Vaccine operations Central Provinces 1886-1899 - 1886-1899
Year: 1886
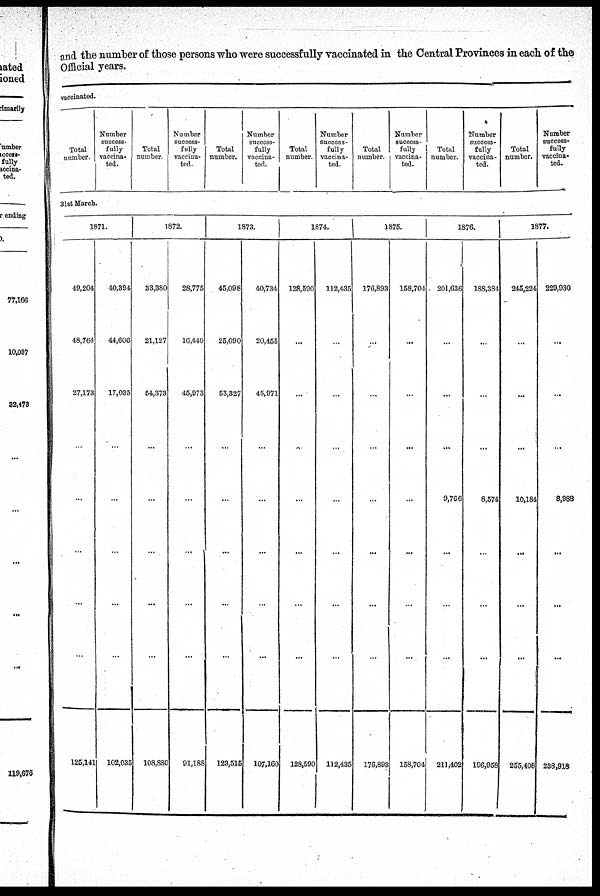
and the number of those persons who were successfully vaccinated in the Central Provinces in each of the
Official years.
vaccinated.
Total
number.
Number
success-
fully
vaccina-
ted.
Total
number.
Number
success-
fully
vaccina-
ted.
Total
number.
Number
success-
fully
vaccina-
ted.
Total
number.
Number
success-
fully
vaccina-
ted.
Total
number.
Number
success-
fully
vaccina-
ted.
Total
number.
Number
success-
fully
vaccina-
ted.
Total
number.
Number
success-
fully
vaccina-
ted.
31st March.
1871.
49,204
48,764
27,173
...
...
...
...
...
125,141
40,394
44,606
17,035
...
...
...
...
...
102,035
1872.
33,380
21,127
54,373
...
...
...
...
...
108,880
28,775
16,440
45,973
...
...
...
...
...
91,188
1873.
45,098
25,090
53,327
...
...
...
...
...
123,515
40,734
20,455
45,971
...
...
...
...
...
107,160
1874.
128,590
...
...
...
...
...
...
...
128,590
112,435
...
...
...
...
...
...
...
112,435
1875.
176,893
...
...
...
...
...
...
...
176,893
158,704
...
...
...
...
...
...
...
158,704
1876.
201,636
...
...
...
9,766
...
...
...
211,402
188,384
...
...
...
8,574
...
...
...
196,958
1877.
245,224
...
...
...
10,184
...
...
...
255,408
229,930
...
...
...
8,988
...
...
...
238,918